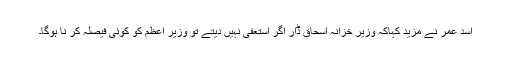
اسد عمر نے مزید کہاکہ وزیر خزانہ اسحاق ڈار اگر استعفیٰ نہیں دیتے تو وزیر اعظم کو کوئی فیصلہ کر نا ہوگا۔